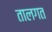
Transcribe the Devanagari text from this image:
तालगत